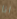
انا